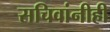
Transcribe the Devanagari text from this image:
सचिवांनीही